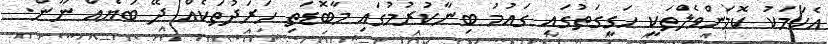
އެކަމަކު ކޮމަންވެލްތަކީ ހަގީގަތުގައި ގައުމު ބިނާކުރުމުގައި މާބޮޑަތި ހަރަދުތަކެއް ދޭ ބަޔެއް ނޫން.